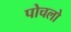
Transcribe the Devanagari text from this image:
पोचलो